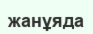
жанұяда